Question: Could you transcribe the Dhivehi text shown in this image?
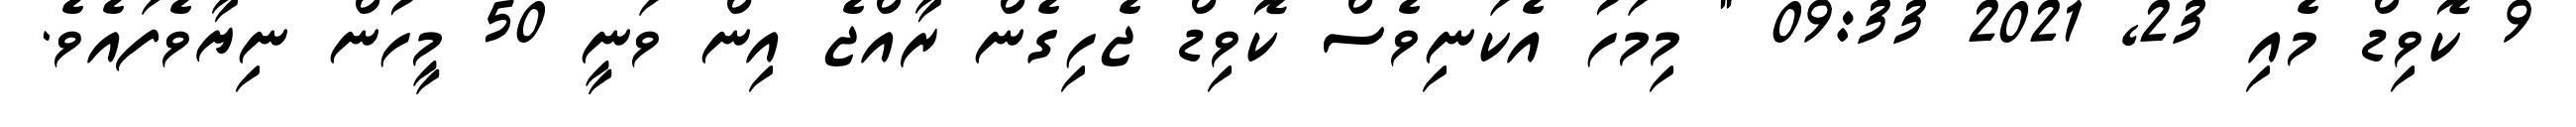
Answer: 9 ކޮވިޑް މެއި 23, 2021 09:33 " މިމަހު އެކަނިވެސް ކޮވިޑް ޖެހިގެން ރާއްޖެ އިން ވަނީ 50 މީހުން ނިޔާވެފައެވެ.